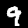
Digit: 9